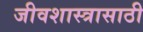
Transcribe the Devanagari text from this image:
जीवशास्त्रासाठी